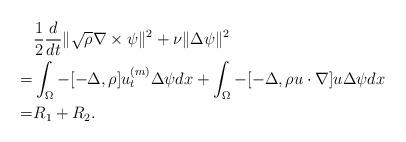
LaTeX: \begin{align*}&\frac{1}{2}\frac{d}{dt}\|\sqrt{\rho}\nabla\times\psi\|^2+\nu\|\Delta\psi\|^2\\=&\int_{\Omega}-[-\Delta,\rho]u^{(m)}_t\Delta\psi dx+\int_{\Omega}-[-\Delta,\rho u\cdot\nabla]u\Delta\psi dx\\=&R_1+R_2.\end{align*}